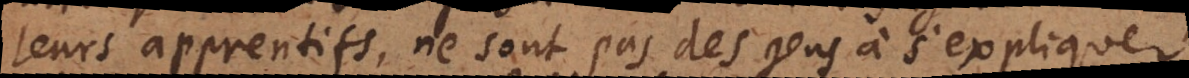
leurs apprentis, ne sont pas des gens à s’expliquer